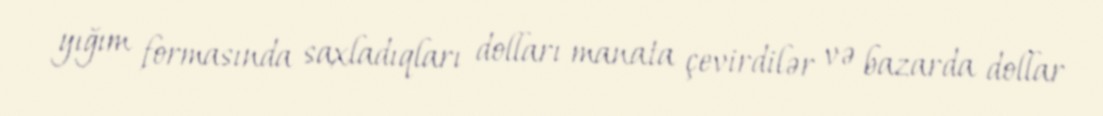
yığım formasında saxladıqları dolları manata çevirdilər və bazarda dollar